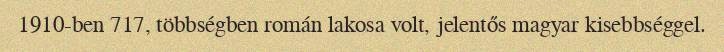
1910-ben 717, többségben román lakosa volt, jelentős magyar kisebbséggel.